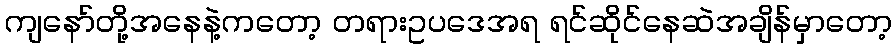
ကျနော်တို့အနေနဲ့ကတော့ တရားဥပဒေအရ ရင်ဆိုင်နေဆဲအချိန်မှာတော့